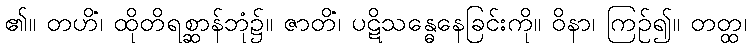
၏။ တဟိံ၊ ထိုတိရစ္ဆာန်ဘုံ၌။ ဇာတိံ၊ ပဋိသန္ဓေနေခြင်းကို။ ဝိနာ၊ ကြဉ်၍။ တတ္ထ၊